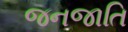
જનજાતિ